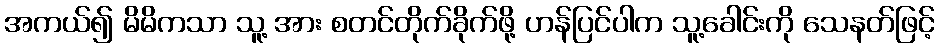
အကယ်၍ မိမိကသာ သူ့ အား စတင်တိုက်ခိုက်ဖို့ ဟန်ပြင်ပါက သူ့ခေါင်းကို သေနတ်ဖြင့်